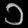
Digit: ၁